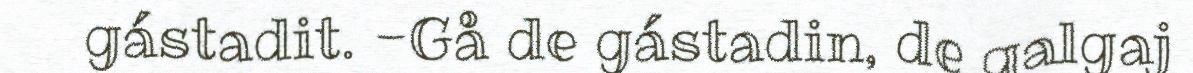
gástadit. -Gå de gástadin, de galgaj